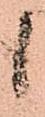
候